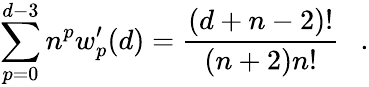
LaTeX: \sum_{p=0}^{d-3}n^{p}w_{p}^{\prime}(d)={\frac{(d+n-2)!}{(n+2)n!}}~~~.